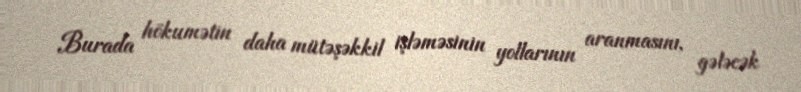
Burada hökumətin daha mütəşəkkil işləməsinin yollarının aranmasını, gələcək